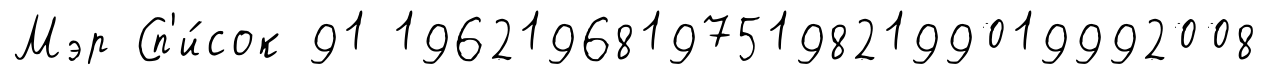
Мэр Сп'и́сок 91 1962196819751982199019992008